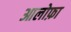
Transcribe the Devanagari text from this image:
आलोफ़ा